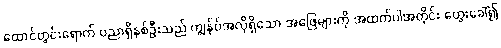
ထောင်တွင်းရောက် ပညာရှိနှစ်ဦးသည် ကျွန်ုပ်အလိုရှိသော အဖြေများကို အထက်ပါအတိုင်း တွေးခေါ်၍